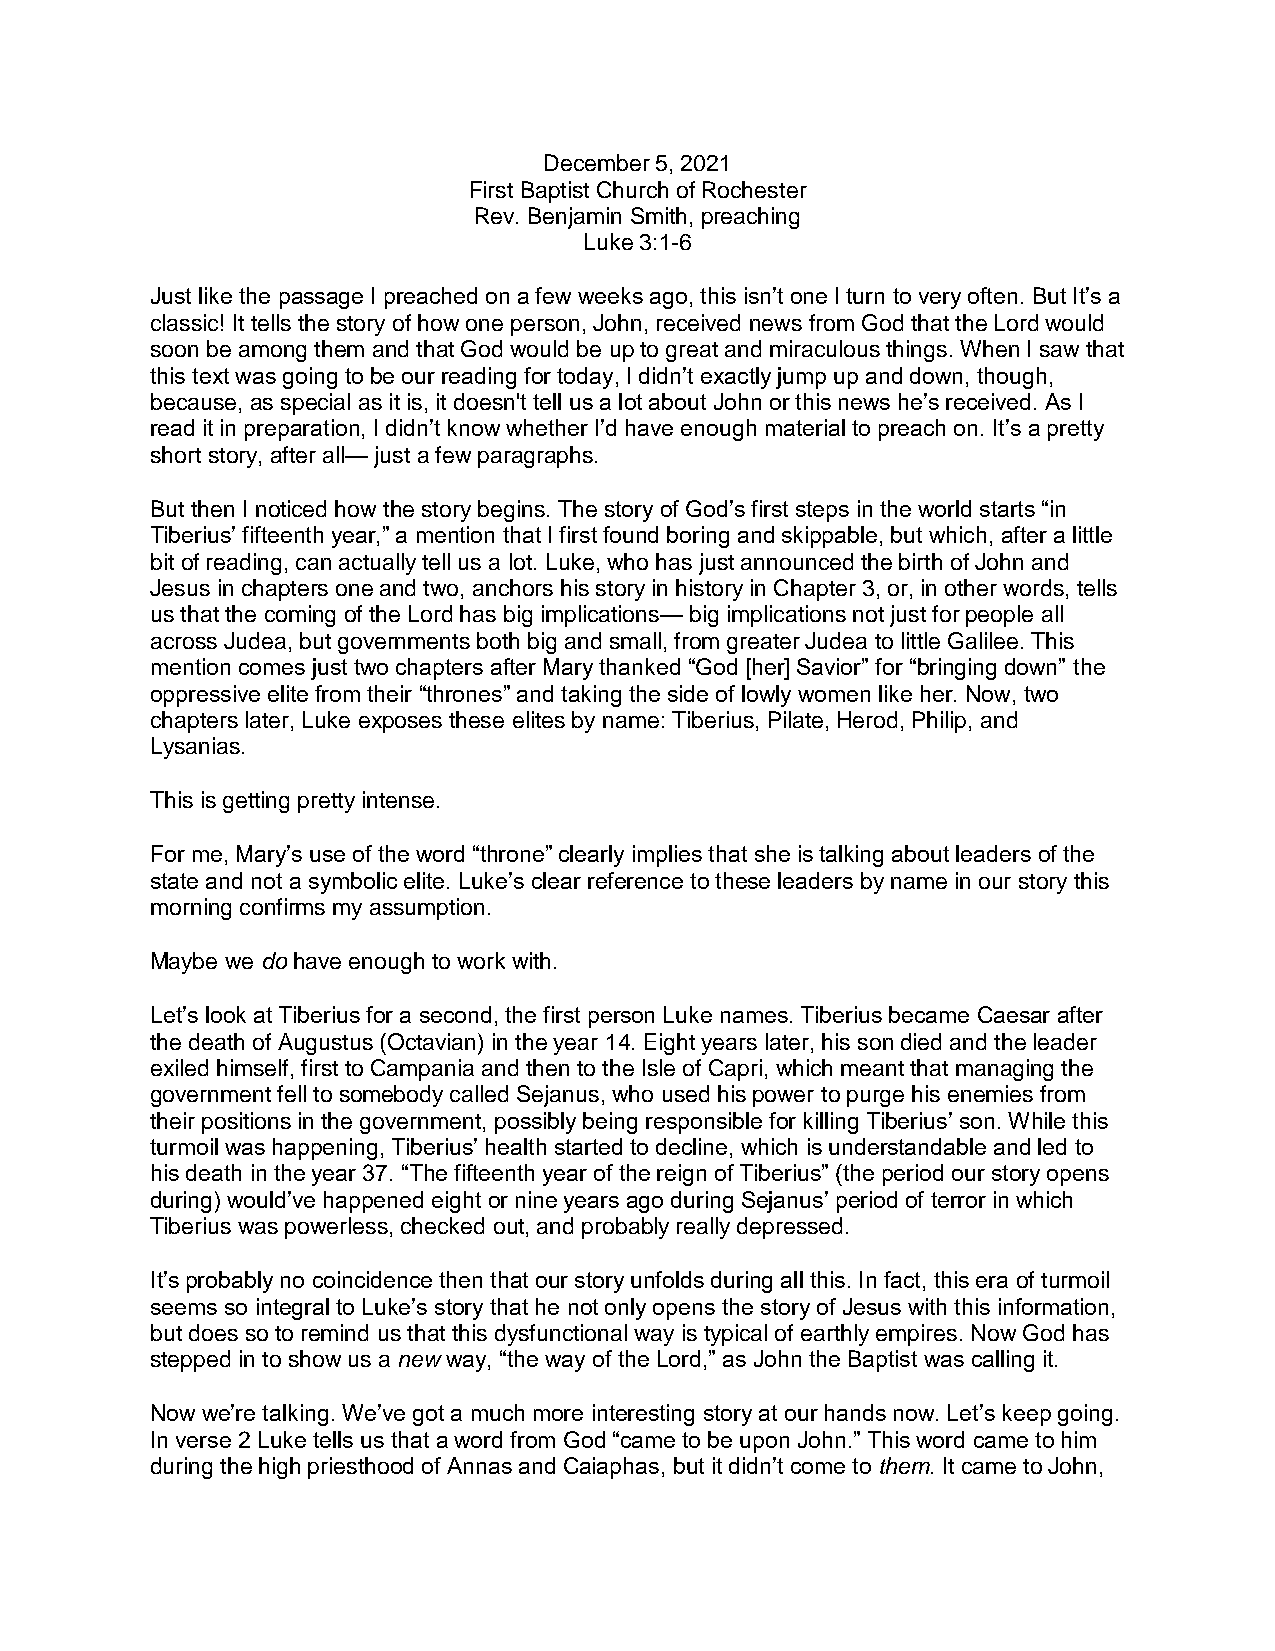
December 5, 2021
 First Baptist Church of Rochester
 Rev. Benjamin Smith, preaching
 Luke 3:1-6
 Just like the passage I preached on a few weeks ago, this isn’t one I turn to very often. But It’s a
 classic! It tells the story of how one person, John, received news from God that the Lord would
 soon be among them and that God would be up to great and miraculous things. When I saw that
 this text was going to be our reading for today, I didn’t exactly jump up and down, though,
 because, as special as it is, it doesn't tell us a lot about John or this news he’s received. As I
 read it in preparation, I didn’t know whether I’d have enough material to preach on. It’s a pretty
 short story, after all— just a few paragraphs.
 But then I noticed how the story begins. The story of God’s first steps in the world starts “in
 Tiberius’ fifteenth year,” a mention that I first found boring and skippable, but which, after a little
 bit of reading, can actually tell us a lot. Luke, who has just announced the birth of John and
 Jesus in chapters one and two, anchors his story in history in Chapter 3, or, in other words, tells
 us that the coming of the Lord has big implications— big implications not just for people all
 across Judea, but governments both big and small, from greater Judea to little Galilee. This
 mention comes just two chapters after Mary thanked “God [her] Savior” for “bringing down” the
 oppressive elite from their “thrones” and taking the side of lowly women like her. Now, two
 chapters later, Luke exposes these elites by name: Tiberius, Pilate, Herod, Philip, and
 Lysanias.
 This is getting pretty intense.
 For me, Mary’s use of the word “throne” clearly implies that she is talking about leaders of the
 state and not a symbolic elite. Luke’s clear reference to these leaders by name in our story this
 morning confirms my assumption.
 Maybe we do have enough to work with.
 Let’s look at Tiberius for a second, the first person Luke names. Tiberius became Caesar after
 the death of Augustus (Octavian) in the year 14. Eight years later, his son died and the leader
 exiled himself, first to Campania and then to the Isle of Capri, which meant that managing the
 government fell to somebody called Sejanus, who used his power to purge his enemies from
 their positions in the government, possibly being responsible for killing Tiberius’ son. While this
 turmoil was happening, Tiberius’ health started to decline, which is understandable and led to
 his death in the year 37. “The fifteenth year of the reign of Tiberius” (the period our story opens
 during) would’ve happened eight or nine years ago during Sejanus’ period of terror in which
 Tiberius was powerless, checked out, and probably really depressed.
 It’s probably no coincidence then that our story unfolds during all this. In fact, this era of turmoil
 seems so integral to Luke’s story that he not only opens the story of Jesus with this information,
 but does so to remind us that this dysfunctional way is typical of earthly empires. Now God has
 stepped in to show us a new way, “the way of the Lord,” as John the Baptist was calling it.
 Now we’re talking. We’ve got a much more interesting story at our hands now. Let’s keep going.
 In verse 2 Luke tells us that a word from God “came to be upon John.” This word came to him
 during the high priesthood of Annas and Caiaphas, but it didn’t come to them. It came to John,